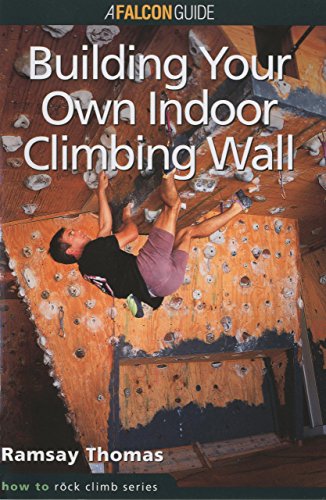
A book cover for How to Climb(TM): Building Your Own Indoor Climbing Wall (How To Climb Series); Ramsay Thomas; Sports & Outdoors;